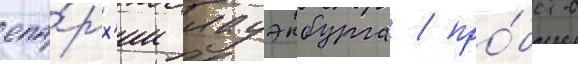
епа́рх'ии лауэнбурга / про́бств